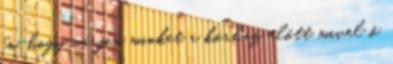
én, hogy várjon minket a kórház előtt mivel ő